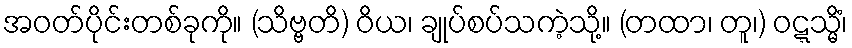
အဝတ်ပိုင်းတစ်ခုကို။ (သိဗ္ဗတိ) ဝိယ၊ ချုပ်စပ်သကဲ့သို့။ (တထာ၊ တူ၊) ဝဋ္ဋသ္မိံ၊